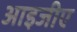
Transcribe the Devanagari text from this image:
आइजीए